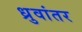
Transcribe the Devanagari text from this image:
ध्रुवांतर